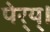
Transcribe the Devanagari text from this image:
पेर्‍य्।